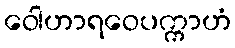
ဝေါဟာရဝေပက္ကာဟံ